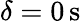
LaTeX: \delta=0\, \mathrm{{s}}